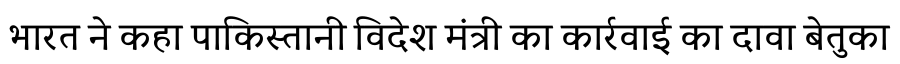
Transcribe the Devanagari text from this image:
भारत ने कहा पाकिस्तानी विदेश मंत्री का कार्रवाई का दावा बेतुका